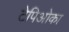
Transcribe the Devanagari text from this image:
टेपिओका